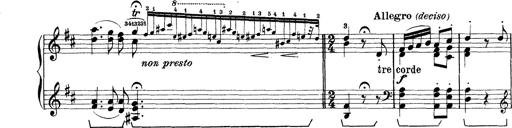
Title: Rapsodie: 19 ungheresi, 1 spagnuola
Composer: Franz Liszt